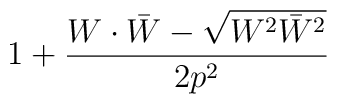
1 + {W \cdot \bar{W} - \sqrt{W^2 \bar{W}^2}  \over 2 p^2}